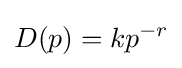
D(p)={kp^{-r}}